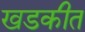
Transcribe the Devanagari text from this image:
खडकीत